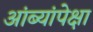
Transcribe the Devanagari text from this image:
आंब्यांपेक्षा